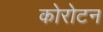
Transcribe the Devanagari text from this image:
कोरोटन